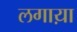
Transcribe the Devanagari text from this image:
लगाय़ा